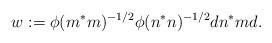
LaTeX: \begin{align*}w := \phi(m^*m)^{-1/2}\phi(n^*n)^{-1/2} d n^*m d.\end{align*}